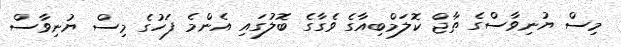
މިސް ޔުނިވާސްގެ ތާޖް ކޮލަމްބިއާގެ ވެގާގެ ބޮލުގައި އެންމެ ފަހުގެ މިސް ޔުނިވާސް